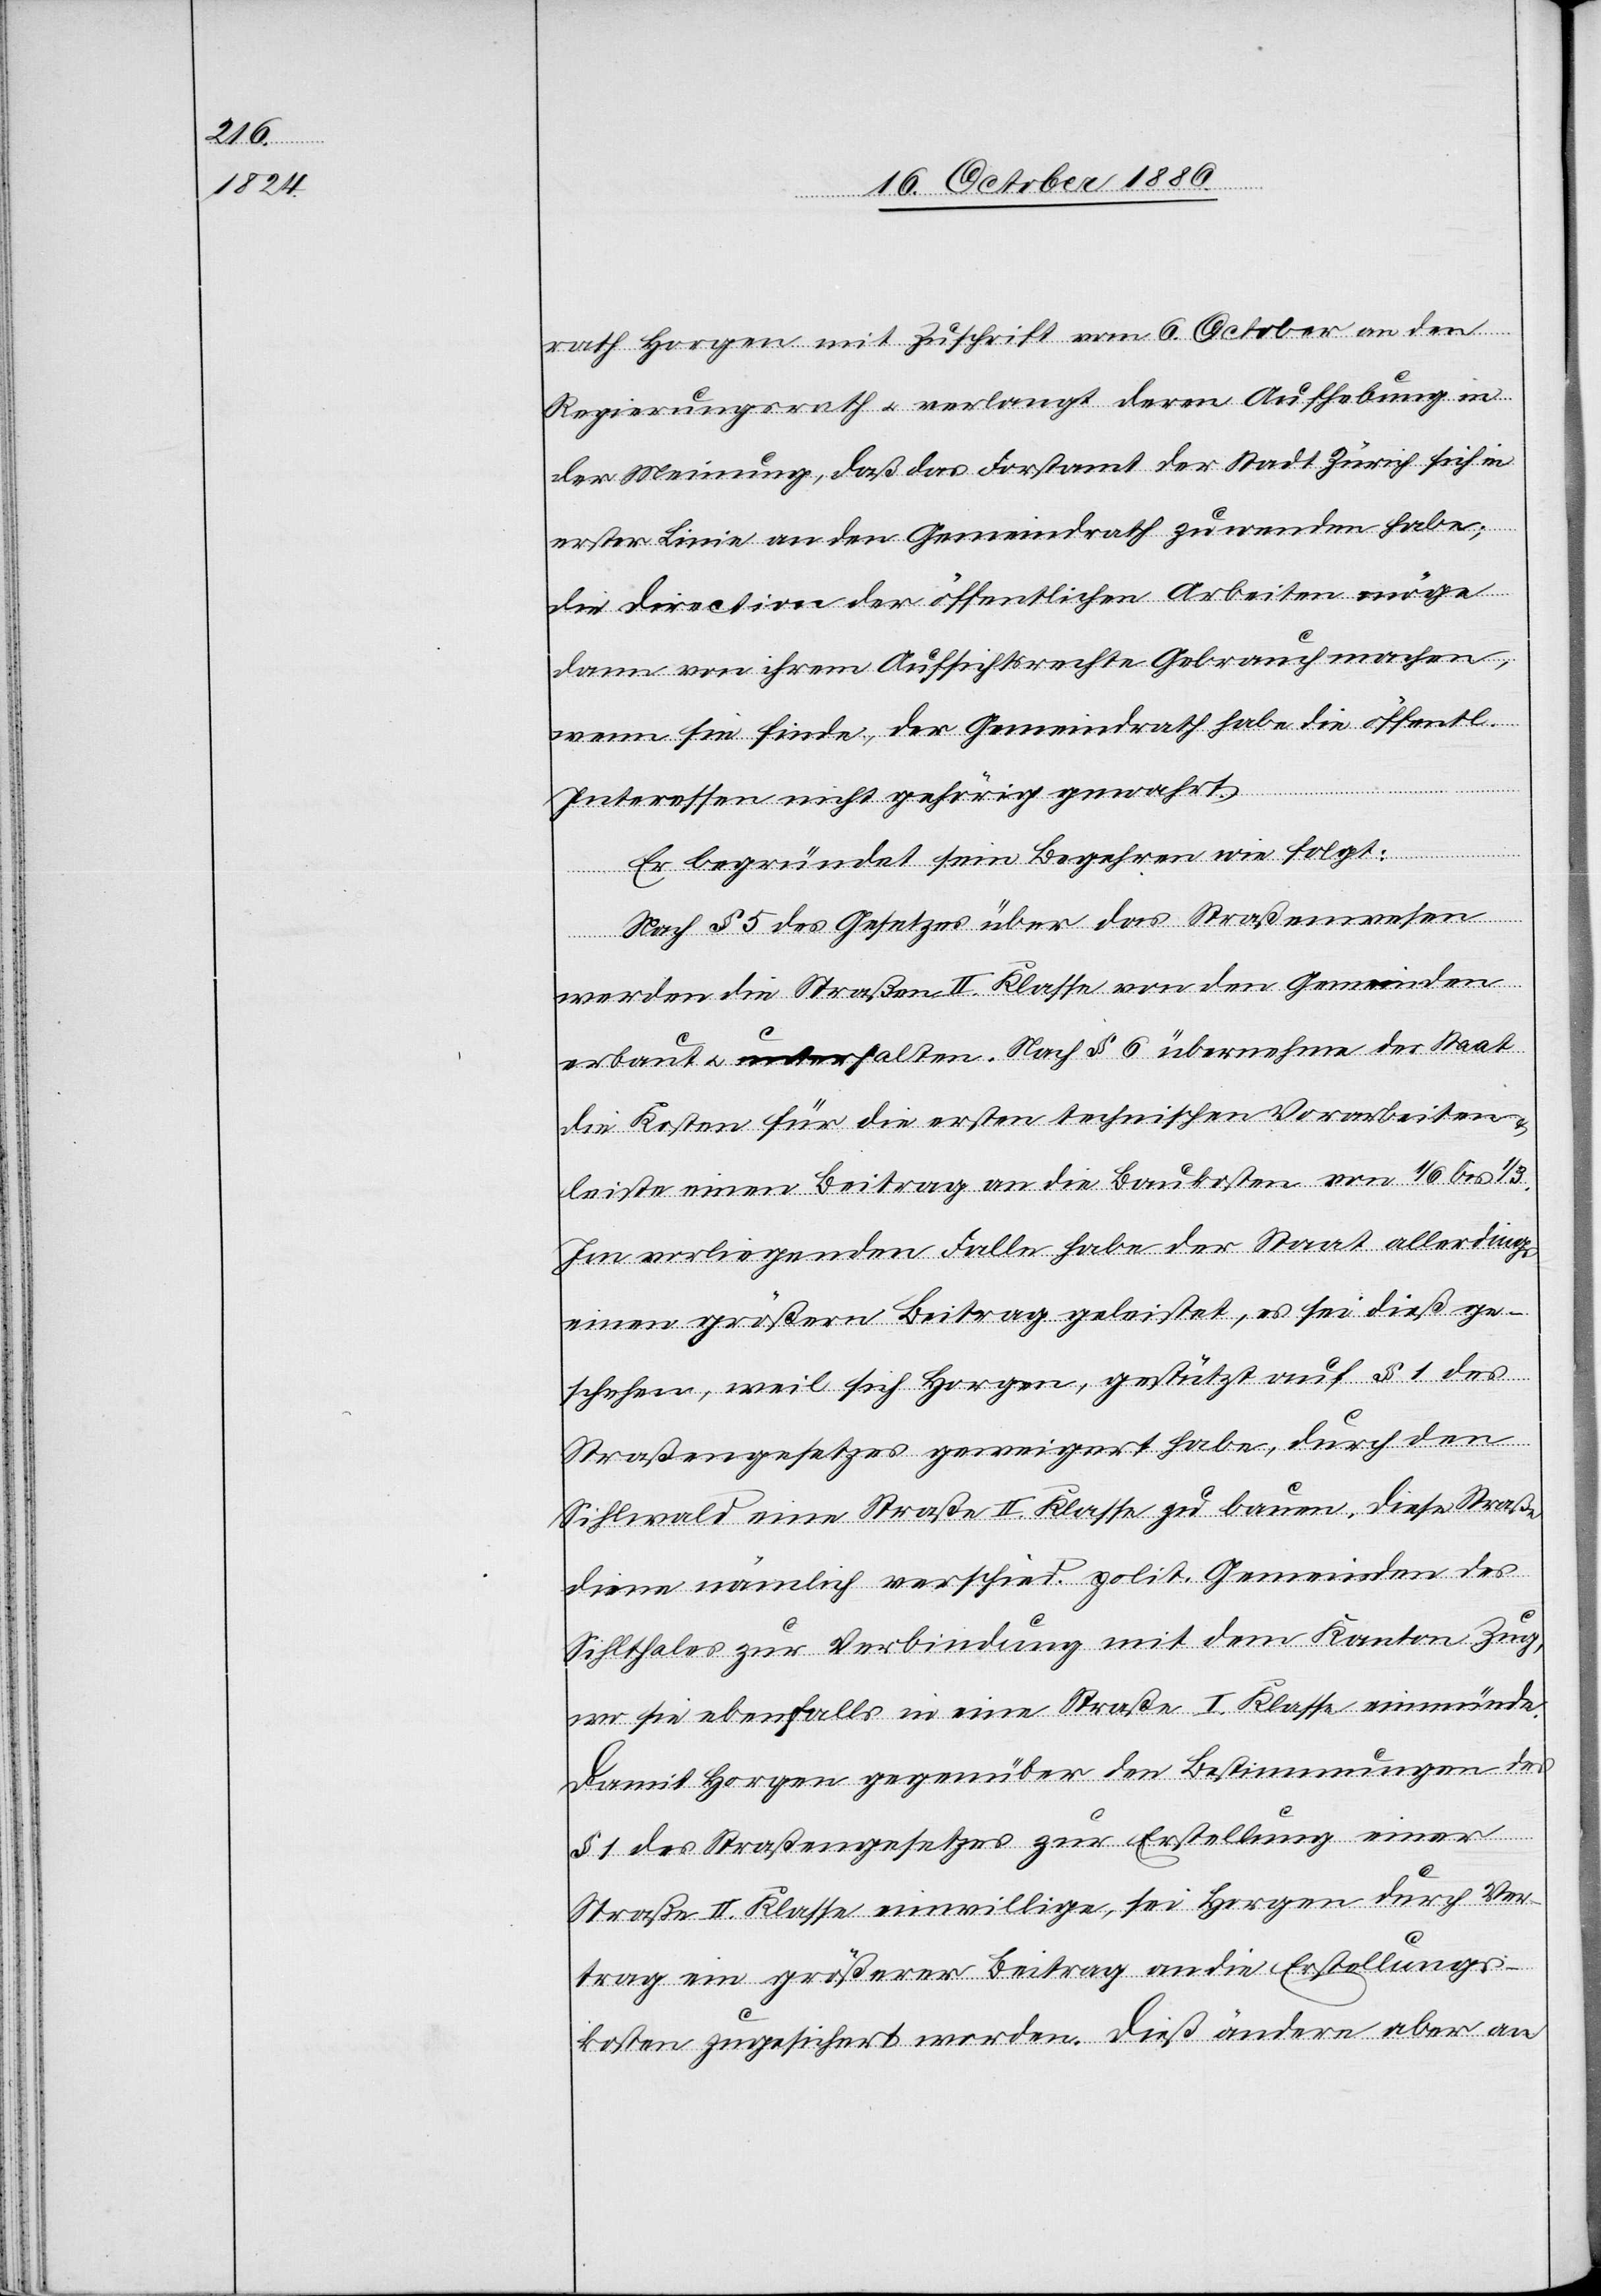
rath Horgen mit Zuschrift vom 6. October an den
Regierungsrath & verlangt deren Aufhebung in
der Meinung, daß das Forstamt der Stadt Zürich sich in
erster Linie an den Gemeindrath zu wenden habe;
die Direction der öffentlichen Arbeiten möge
dann von ihrem Aufsichtsrechte Gebrauch machen,
wenn sie finde, der Gemeindrath habe die öffentl.
Interessen nicht gehörig gewahrt.
Er begründet sein Begehren wie folgt:
Nach § 5 des Gesetzes über das Straßenwesen
werden die Straßen II. Klasse von den Gemeinden
erbaut & unterhalten. Nach § 6 übernehme des Staat
die Kosten für die ersten technischen Vorarbeiten
leiste einen Beitrag an die Baukosten von 1/6 bis 1/3.
Im vorliegenden Falle habe der Staat allerdings
einen größern Beitrag geleistet, es sei dieß ge¬
schehen, weil sich Horgen, gestützt auf § 1 des
Straßengesetzes geweigert habe, durch den
Sihlwald eine Straße II. Klasse zu bauen. Diese Straße
diene nämlich verschied. polit. Gemeinden des
Sihlthales zur Verbindung mit dem Kanton Zug,
wo sie ebenfalls in eine Straße I. Klasse einmünde.
Damit Horgen gegenüber den Bestimmungen des
§ 1 des Straßengesetzes zur Erstellung einer
Straße II. Klasse einwillige, sei Horgen durch Ver¬
trag ein größerer Beitrag an die Erstellungs¬
kosten zugesichert worden. Dieß ändere aber an